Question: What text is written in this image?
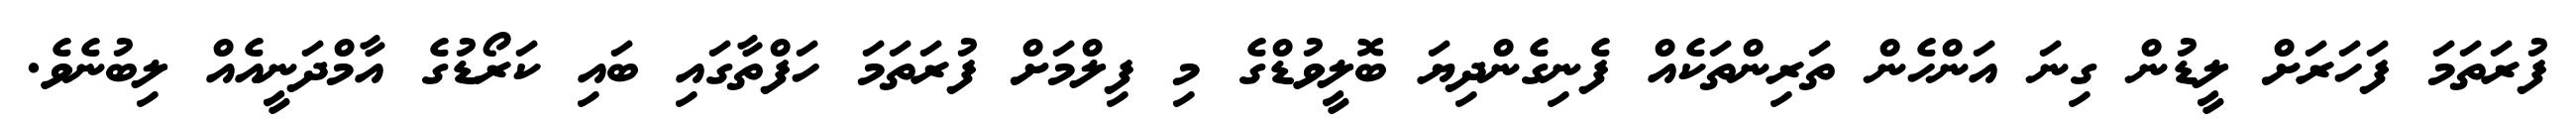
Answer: ފުރަތަމަ ފަހަރަށް ލީޑުން ގިނަ އަންހެން ތަރިންތަކެއް ފެނިގެންދިޔަ ބޮލީވުޑްގެ މި ފިލްމަށް ފުރަތަމަ ހަފްތާގައި ބައި ކަރޯޑުގެ އާމްދަނީއެއް ލިބުނެވެ.